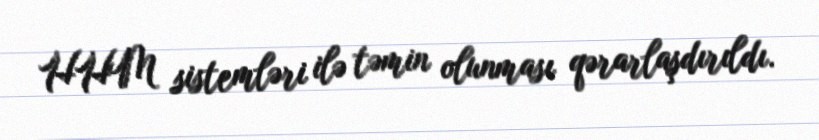
HHM sistemləri ilə təmin olunması qərarlaşdırıldı.